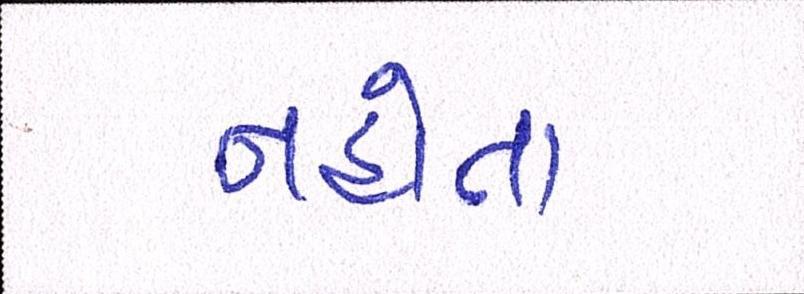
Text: નહોતા